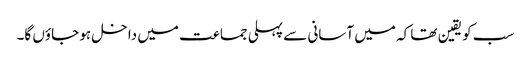
سب کو یقین تھا کہ میں آسانی سے پہلی جماعت میں داخل ہو جاؤں گا۔